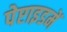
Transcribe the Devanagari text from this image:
पेप्टाइडमें